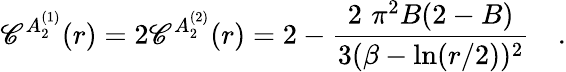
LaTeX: \mathscr{C}^{A_{2}^{(1)}}(r)=2\mathscr{C}^{A_{2}^{(2)}}(r)=2-\frac{{2\, \, \pi^{2}B(2-B)}}{{3(\beta-\ln(r/2))^{2}}}\quad.